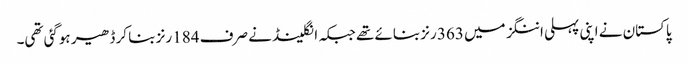
پاکستان نے اپنی پہلی اننگز میں 363 رنز بنائے تھے جبکہ انگلینڈ نے صرف 184 رنز بنا کر ڈھیر ہوگئی تھی۔